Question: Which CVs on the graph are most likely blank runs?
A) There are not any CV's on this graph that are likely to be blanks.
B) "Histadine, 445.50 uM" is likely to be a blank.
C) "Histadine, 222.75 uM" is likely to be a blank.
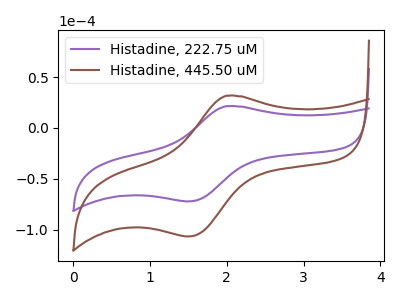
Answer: <think>The purple curve "Histadine, 222.75 uM" has an anodic peak at (2.00V, 21.45uA) and a cathodic peak at (1.50V, -72.10uA). The brown curve "Histadine, 445.50 uM" has an anodic peak at (2.00V, 31.65uA) and a cathodic peak at (1.50V, -106.50uA).</think>
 <answer>A) There are not any CV's on this graph that are likely to be blanks.</answer>
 <eval>A</eval>